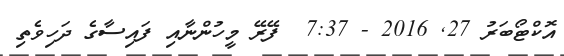
އޮކްޓޯބަރު 27